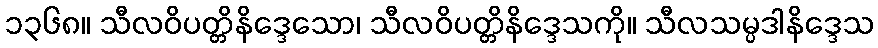
၁၃၆၈။ သီလဝိပတ္တိနိဒ္ဒေသော၊ သီလဝိပတ္တိနိဒ္ဒေသကို။ သီလသမ္ပဒါနိဒ္ဒေသ